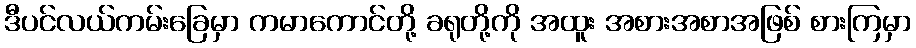
ဒီပင်လယ်ကမ်းခြေမှာ ကမာကောင်တို့ ခရုတို့ကို အထူး အစားအစာအဖြစ် စားကြမှာ